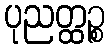
ပုညတ္ထဉ္စ